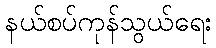
နယ်စပ်ကုန်သွယ်ရေး